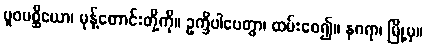
ပူဝပစ္ဆိယော၊ မုန့်တောင်းတို့ကို။ ဥက္ခိပါပေတွာ၊ ထမ်းစေ၍။ နဂရာ၊ မြို့မှ။